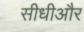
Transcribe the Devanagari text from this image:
सीधीऔर